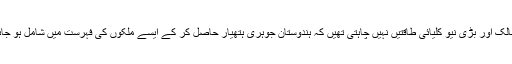
قابل ذکر ہے کہ دوسرے مغربی ممالک اور بڑی نیو کلیائی طاقتیں نہیں چاہتی تھیں کہ ہندوستان جوہری ہتھیار حاصل کر کے ایسے ملکوں کی فہرست میں شامل ہو جائے جن کے پاس جوہری ہتھیار ہیں۔